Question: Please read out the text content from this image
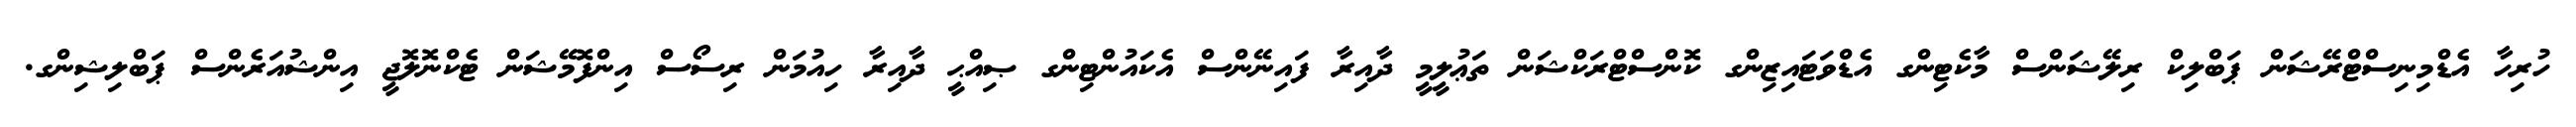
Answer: ހުރިހާ އެޑްމިނިސްޓްރޭޝަން ޕަބްލިކް ރިލޭޝަންސް މާކެޓިންގ އެޑްވަޓައިޒިންގ ކޮންސްޓްރަކްޝަން ތަޢުލީމީ ދާއިރާ ފައިނޭންސް އެކައުންޓިންގ ޞިއްޙީ ދާއިރާ ހިއުމަން ރިސޯސް އިންފޮމޭޝަން ޓެކްނޮލޮޖީ އިންޝުއަރެންސް ޕަބްލިޝިންގ.